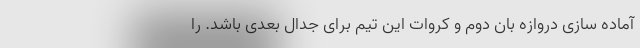
آماده سازی دروازه بان دوم و کروات این تیم برای جدال بعدی باشد. را